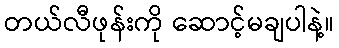
တယ်လီဖုန်းကို ဆောင့်မချပါနဲ့။